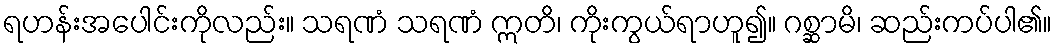
ရဟန်းအပေါင်းကိုလည်း။ သရဏံ သရဏံ ဣတိ၊ ကိုးကွယ်ရာဟူ၍။ ဂစ္ဆာမိ၊ ဆည်းကပ်ပါ၏။